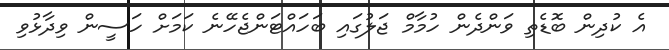
އެ ކުދިން ބޮޑެތި ވަންދެން ހުމާމް ޖަލުގައި ބަހައްޓަންޖެހޭނެ ކަމަށް ހަސީން ވިދާޅުވި